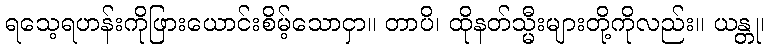
ရသေ့ရဟန်းကိုဖြားယောင်းစိမ့်သောငှာ။ တာပိ၊ ထိုနတ်သ္မီးများတို့ကိုလည်း။ ယန္တု၊